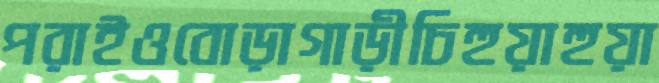
পরাইওবোড়াগাড়ীচিহুয়াহুয়া